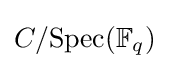
C/{\text{Spec}}(\mathbb {F} _{q})